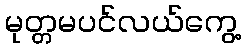
မုတ္တမပင်လယ်ကွေ့